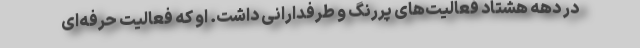
در دهه هشتاد فعالیت‌های پررنگ و طرفدارانی داشت. او که فعالیت حرفه‌ای